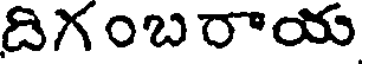
దిగంబరాయ